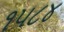
૧૫૮૪